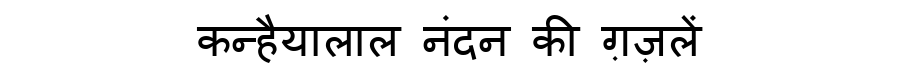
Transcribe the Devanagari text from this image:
कन्हैयालाल नंदन की ग़ज़लें